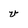
Character: v